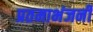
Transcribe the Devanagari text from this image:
प्रतमाभंजनी